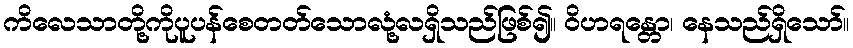
ကိလေသာတို့ကိုပူပန်စေတတ်သောလုံ့လရှိသည်ဖြစ်၍။ ဝိဟရန္တော၊ နေသည်ရှိသော်။